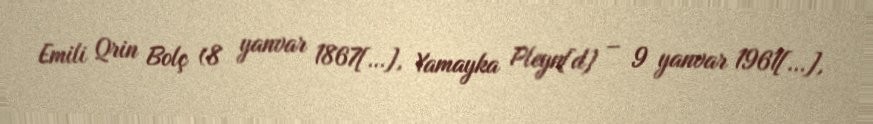
Emili Qrin Bolç (8 yanvar 1867[…], Yamayka Pleyn[d] – 9 yanvar 1961[…],